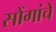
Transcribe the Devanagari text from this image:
सोंगांचे